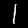
Label: 1